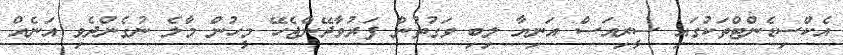
އެކްސިޑެންޓްތަކުގައި ސީރިއަސް އަނިޔާ ލިބި ވަގުތުން ފަރުވާދޭންޖެހޭ މީހުން މާލެ ނުގެންދެވި އަނެއް